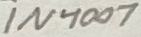
Text: 1N4007